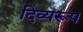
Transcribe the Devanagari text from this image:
दिव्यरूप